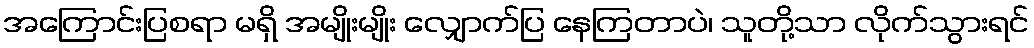
အကြောင်းပြစရာ မရှိ အမျိုးမျိုး လျှောက်ပြ နေကြတာပဲ၊ သူတို့သာ လိုက်သွားရင်